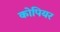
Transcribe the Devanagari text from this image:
कोपियर